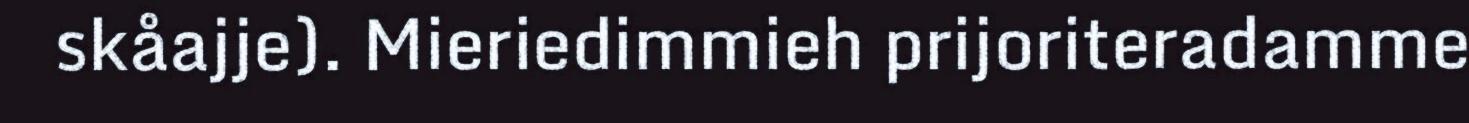
skåajje). Mieriedimmieh prijoriteradamme